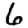
Digit: 6